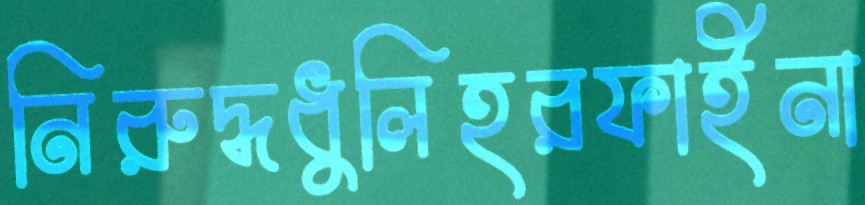
নিরুদ্ধধুলিহরফাইনা